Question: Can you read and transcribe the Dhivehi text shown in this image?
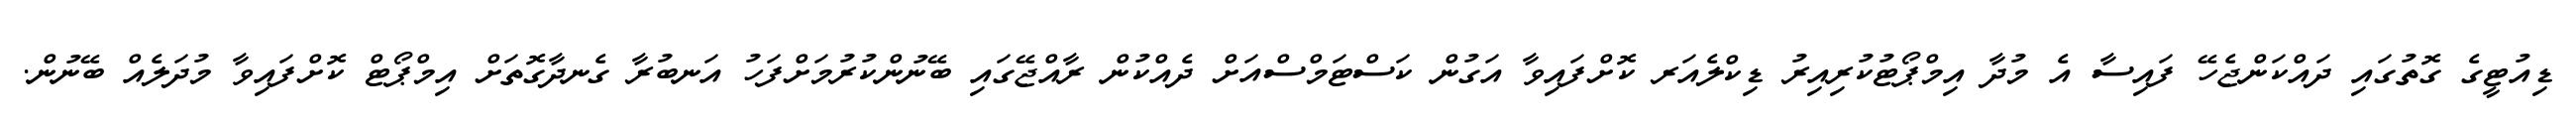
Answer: ޑިއުޓީގެ ގޮތުގައި ދައްކަންޖެހޭ ފައިސާ އެ މުދާ އިމްޕޯޓުކުރިއިރު ޑިކްލެއަރ ކޮށްފައިވާ އަގުން ކަސްޓަމްސްއަށް ދެއްކުން ރާއްޖޭގައި ބޭނުންކުރުމަށްފަހު އަނބުރާ ގެނދާގޮތަށް އިމްޕޯޓް ކޮށްފައިވާ މުދަލެއް ބޭނުން.